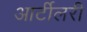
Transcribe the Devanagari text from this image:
आर्टीलरी